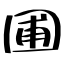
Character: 圃